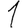
Digit: 1